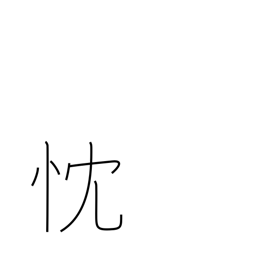
Meaning: sincere